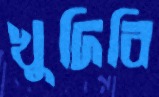
খুদিবি